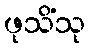
ဖုသိံသု